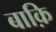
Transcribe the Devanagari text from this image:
बाक़ि